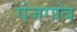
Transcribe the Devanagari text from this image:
पंजगांव